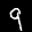
Label: 9